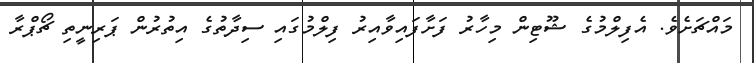
މައްޗަށެވެ. އެފިލްމުގެ ޝޫޓިން މިހާރު ފަށާފައިވާއިރު ފިލްމުގައި ސިދާތުގެ އިތުރުން ޕަރިނީތި ޗޯޕްރާ